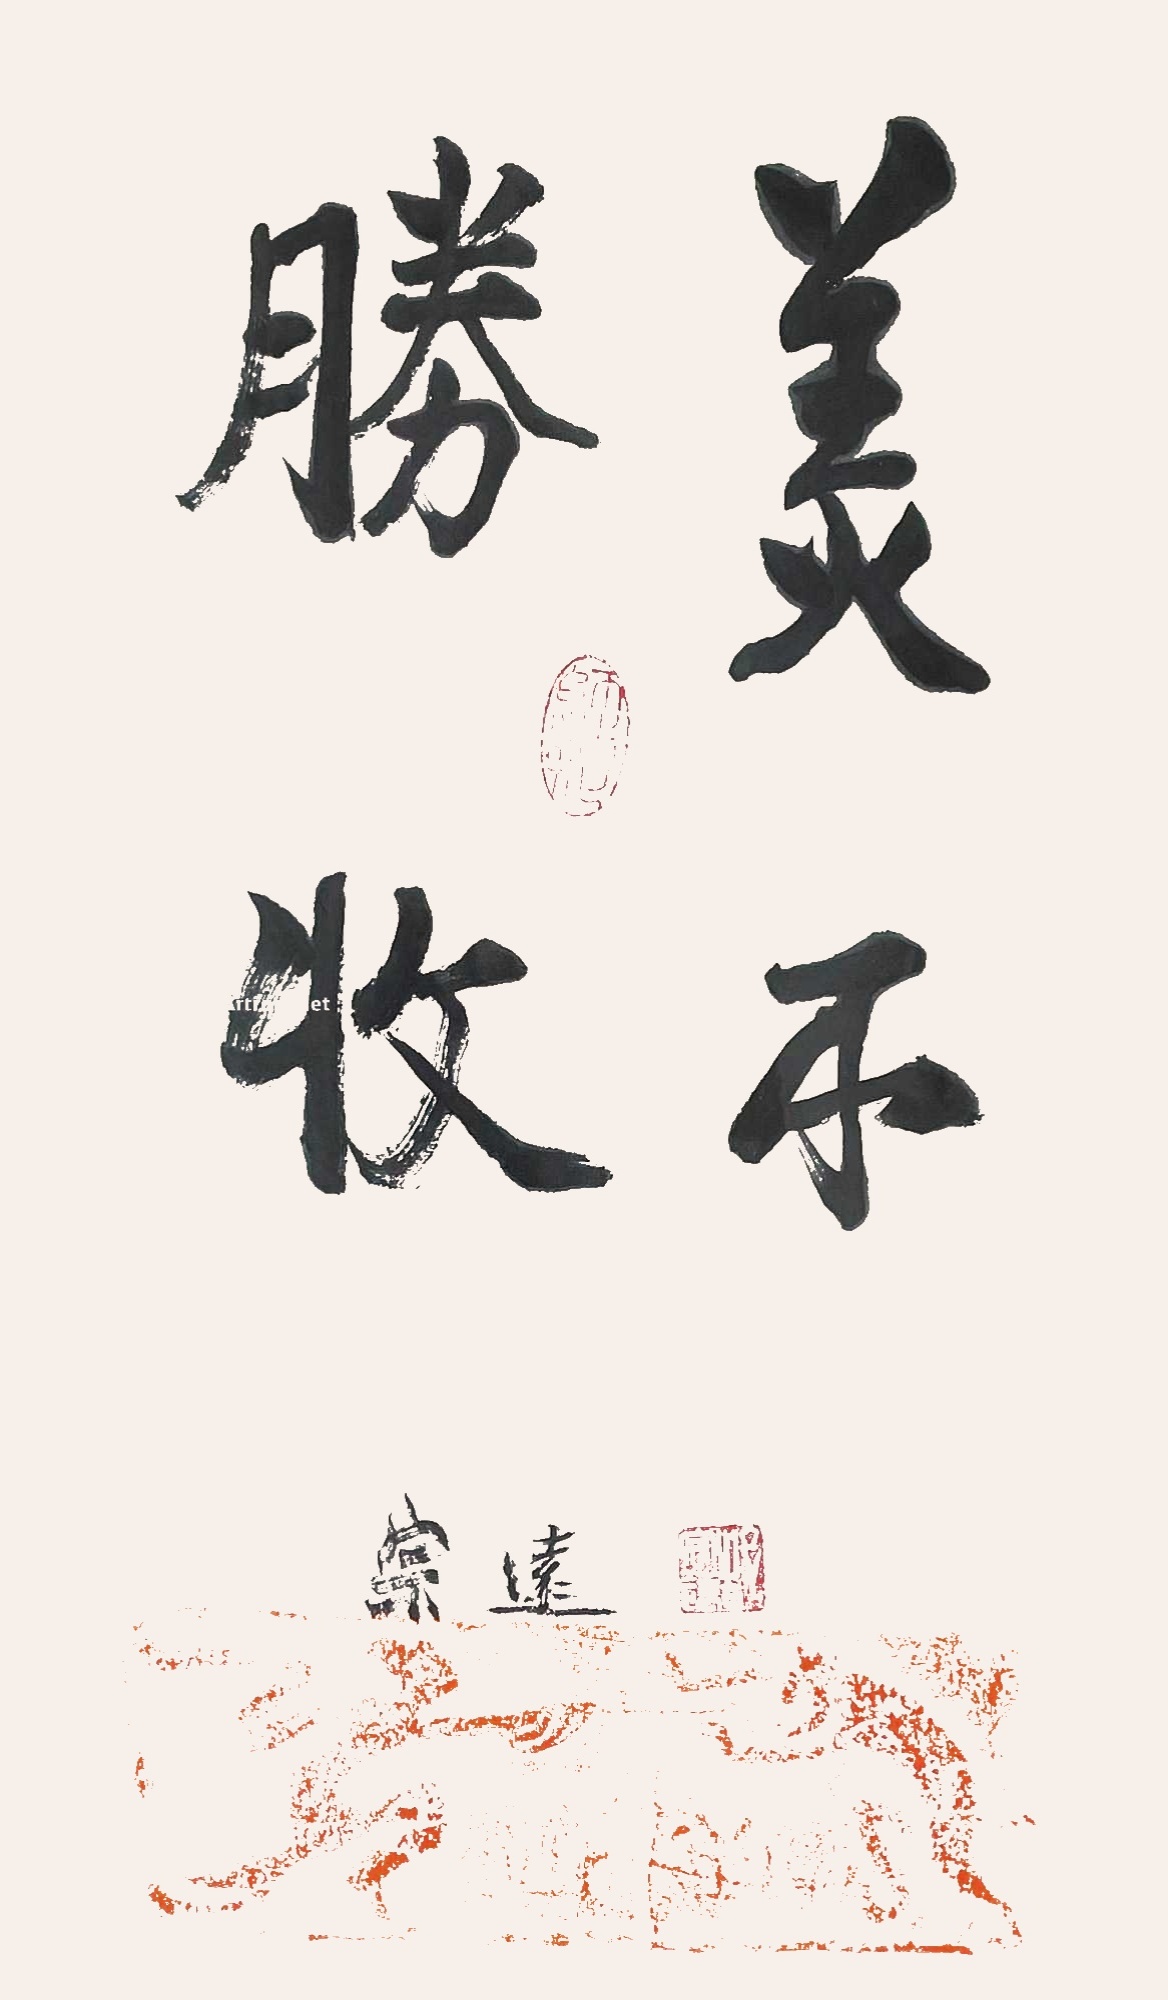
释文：美不胜收郜宗远